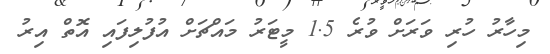
މިހާރު ހުރި ވަރަށް ވުރެ 1.5 މީޓަރު މައްޗަށް އުފުލިފައި އޮތް އިރު